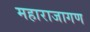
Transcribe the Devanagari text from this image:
महाराजागण